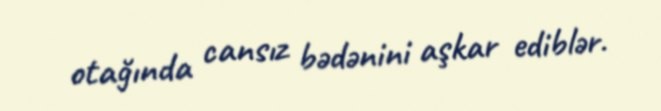
otağında cansız bədənini aşkar ediblər.